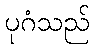
ပုဂံသည်